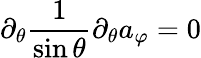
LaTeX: \partial_{\theta}\frac{1}{\sin\theta}\partial_{\theta}a_{\varphi}=0